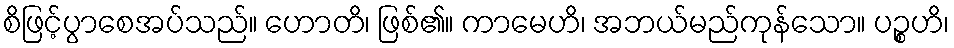
စိဖြင့်ပွာစေအပ်သည်။ ဟောတိ၊ ဖြစ်၏။ ကာမေဟိ၊ အဘယ်မည်ကုန်သော။ ပဉ္စဟိ၊